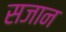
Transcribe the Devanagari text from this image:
सजान